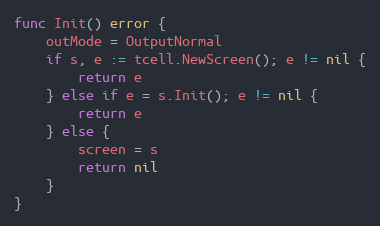
Language: Go
func Init() error {
	outMode = OutputNormal
	if s, e := tcell.NewScreen(); e != nil {
		return e
	} else if e = s.Init(); e != nil {
		return e
	} else {
		screen = s
		return nil
	}
}